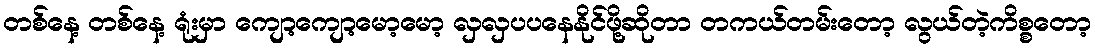
တစ်နေ့ တစ်နေ့ ရုံးမှာ ကျော့ကျော့မော့မော့ လှလှပပနေနိုင်ဖို့ဆိုတာ တကယ်တမ်းတော့ လွယ်တဲ့ကိစ္စတော့